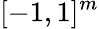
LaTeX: [-1,1]^{m}